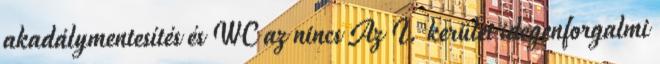
akadálymentesítés és WC az nincs Az I. kerület idegenforgalmi